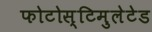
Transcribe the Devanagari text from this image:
फोटोस्टिमुलेटेड